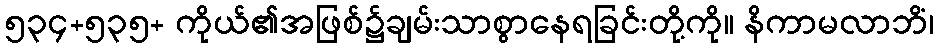
၅၃၄+၅၃၅+ ကိုယ်၏အဖြစ်၌ချမ်းသာစွာနေရခြင်းတို့ကို။ နိကာမလာဘိံ၊